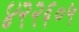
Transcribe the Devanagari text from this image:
४२२६०५